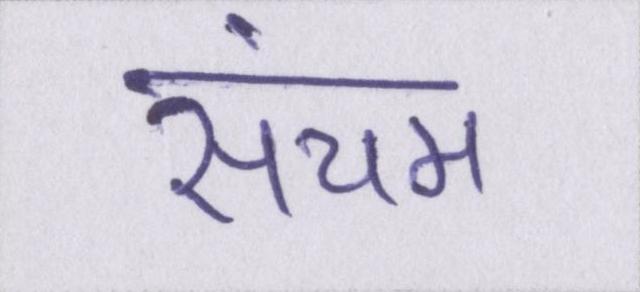
संयम